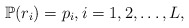
\begin{align*} {\mathbb P}(r_i) = p_i,i=1,2,\ldots,L, \end{align*}